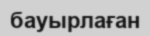
бауырлаған